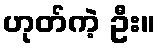
ဟုတ်ကဲ့ ဦး။